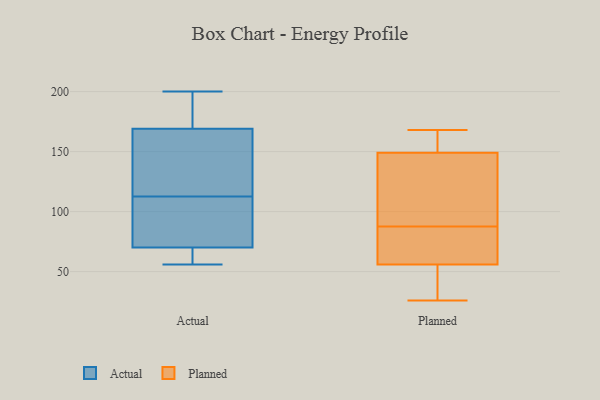
{"axis": {"x": "Shipments", "y": "Value"}, "legend": ["Actual", "Planned"], "data": [{"x": "", "y": 187, "type": "Actual"}, {"x": "", "y": 101, "type": "Actual"}, {"x": "", "y": 56, "type": "Actual"}, {"x": "", "y": 64, "type": "Actual"}, {"x": "", "y": 59, "type": "Actual"}, {"x": "", "y": 85, "type": "Actual"}, {"x": "", "y": 145, "type": "Actual"}, {"x": "", "y": 119, "type": "Actual"}, {"x": "", "y": 106, "type": "Actual"}, {"x": "", "y": 70, "type": "Actual"}, {"x": "", "y": 169, "type": "Actual"}, {"x": "", "y": 128, "type": "Actual"}, {"x": "", "y": 200, "type": "Actual"}, {"x": "", "y": 183, "type": "Actual"}, {"x": "", "y": 168, "type": "Planned"}, {"x": "", "y": 114, "type": "Planned"}, {"x": "", "y": 149, "type": "Planned"}, {"x": "", "y": 113, "type": "Planned"}, {"x": "", "y": 58, "type": "Planned"}, {"x": "", "y": 56, "type": "Planned"}, {"x": "", "y": 154, "type": "Planned"}, {"x": "", "y": 62, "type": "Planned"}, {"x": "", "y": 26, "type": "Planned"}, {"x": "", "y": 39, "type": "Planned"}]}